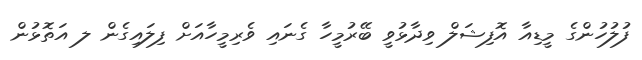
ފުލުހުންގެ މީޑިއާ އޮފިޝަލް ވިދާޅުވީ ބޭރުމީހާ ގެނައި ވެރިމީހާއަށް ފިލައިގެން ލ އަތޮޅުން